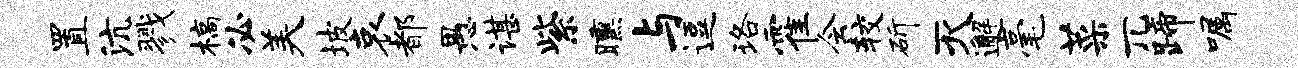
置沆戮槁必美坡哀都愚谌紫曛与逗珞霍会较斫灭邂毫菜兀蹄嘱